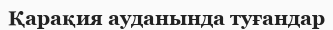
Қарақия ауданында туғандар